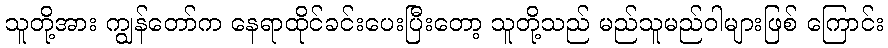
သူတို့အား ကျွန်တော်က နေရာထိုင်ခင်းပေးပြီးတော့ သူတို့သည် မည်သူမည်ဝါများဖြစ် ကြောင်း